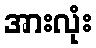
အားလုံး